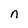
Character: n